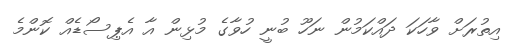
އިތުރަށް ވާހަކަ ދައްކަމުން ނަހޫ ބުނީ ހުވާގެ މުޅިން އާ އެޕިސޯޑެއް ކޮންމެ